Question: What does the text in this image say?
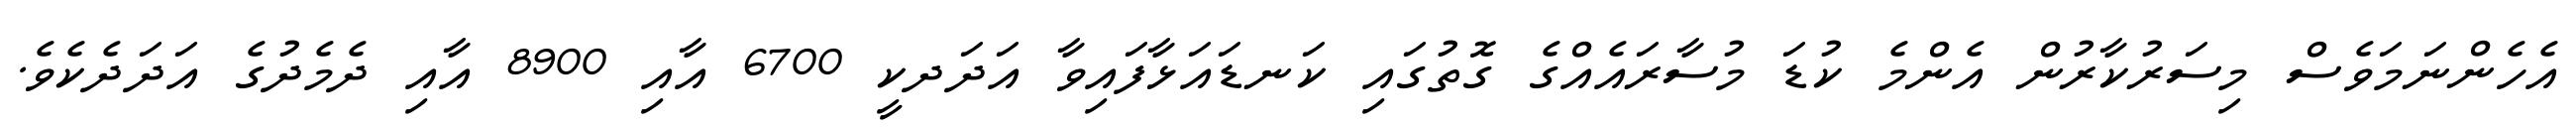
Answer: އެހެންނަމަވެސް މިސަރުކާރުން އެންމެ ކުޑަ މުސާރައެއްގެ ގޮތުގައި ކަނޑައަޅާފައިވާ އަދަދކީ 6700 އާއި 8900 އާއި ދެމެދުގެ އަދަދެކެވެ.